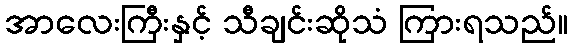
အာလေးကြီးနှင့် သီချင်းဆိုသံ ကြားရသည်။